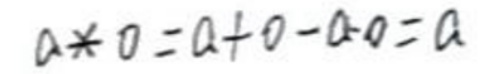
$a * 0 = a + 0 - a \cdot 0 = a$